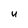
Character: U